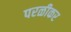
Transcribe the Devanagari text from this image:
परळीकर